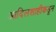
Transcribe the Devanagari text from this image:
आदिलशाहीकडून